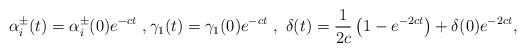
LaTeX: \begin{align*}\alpha^{\pm}_i(t)=\alpha_i ^{\pm}(0)e^{-ct} \ , \gamma_1(t)=\gamma_1(0)e^{-ct} \ ,\ \delta(t)=\frac{1}{2c}\left(1-e^{-2ct}\right)+\delta(0)e^{-2ct},\end{align*}